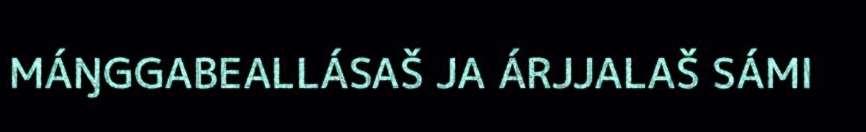
MÁŊGGABEALLÁSAŠ JA ÁRJJALAŠ SÁMI